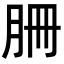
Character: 𦙱